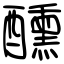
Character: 醺